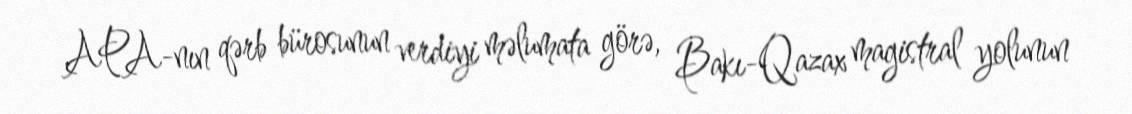
APA-nın qərb bürosunun verdiyi məlumata görə, Bakı-Qazax magistral yolunun